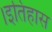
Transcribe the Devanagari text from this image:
।इतिहास